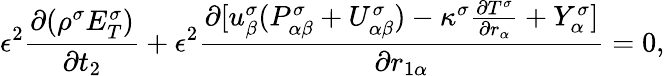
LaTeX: \epsilon^{2}\frac{\partial(\rho^{\sigma}E_{T}^{\sigma})}{\partial t_{2}}+\epsilon^{2}\frac{\partial[u_{\beta}^{\sigma}(P_{\alpha\beta}^{\sigma}+U_{\alpha\beta}^{\sigma})-\kappa^{\sigma}\frac{\partial T^{\sigma}}{\partial r_{\alpha}}+Y_{\alpha}^{\sigma}]}{\partial r_{1\alpha}}=0,